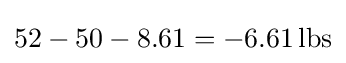
52-50-8.61=-6.61\,{\text{lbs}}